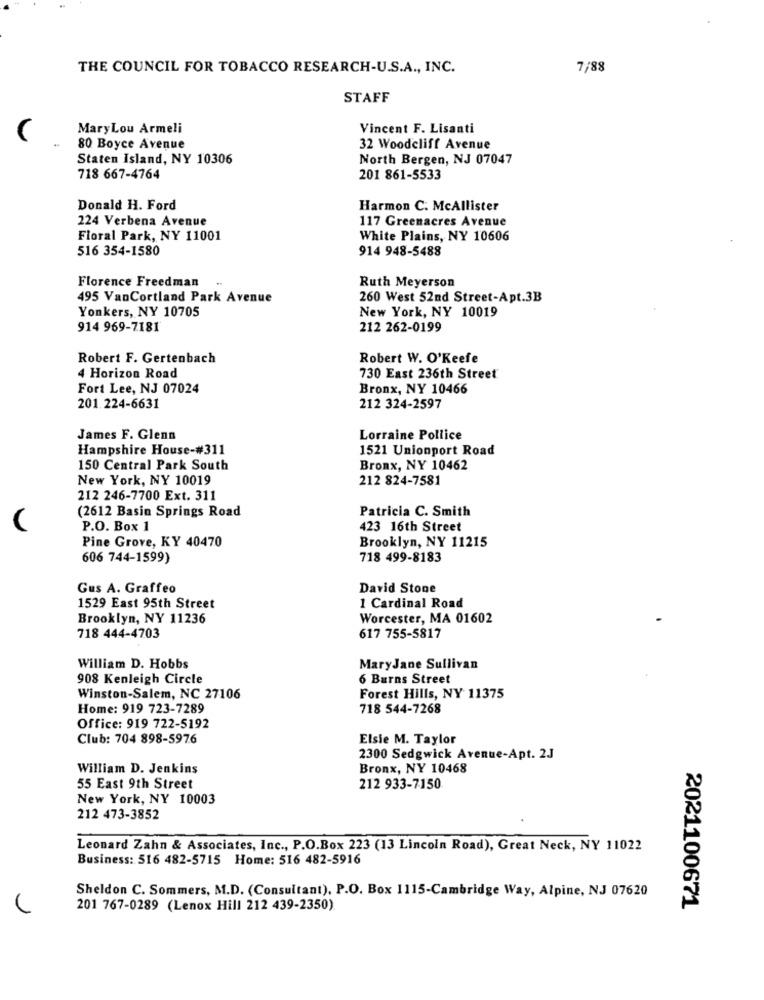
THE COUNCIL FOR TOBACCO RESEARCH-U.S.A ., INC.
7/88
STAFF
MaryLou Armeli
Vincent F. Lisanti
80 Boyce Avenue
32 Woodcliff Avenue
Staten Island, NY 10306
North Bergen, NJ 07047
718 667-4764
201 861-5533
Donald H. Ford
Harmon C. McAllister
224 Verbena Avenue
117 Greenacres Avenue
Floral Park, NY 11001
White Plains, NY 10606
516 354-1580
914 948-5488
Florence Freedman
Ruth Meyerson
495 VanCortland Park Avenue
260 West 52nd Street-Apt.3B
Yonkers, NY 10705
New York, NY 10019
914 969-7181
212 262-0199
Robert F. Gertenbach
Robert W. O'Keefe
4 Horizon Road
730 East 236th Street
Fort Lee, NJ 07024
Bronx, NY 10466
201.224-6631
212 324-2597
James F. Glenn
Lorraine Pollice
Hampshire House-#311
1521 Unionport Road
150 Central Park South
Bronx, NY 10462
New York, NY 10019
212 824-7581
212 246-7700 Ext. 311
(2612 Basin Springs Road
Patricia C. Smith
P.O. Box 1
423 16th Street
Pine Grove, KY 40470
Brooklyn, NY 11215
606 744-1599)
718 499-8183
Gus A. Graffeo
David Stone
1529 East 95th Street
1 Cardinal Road
Brooklyn, NY 11236
Worcester, MA 01602
718 444-4703
617 755-5817
William D. Hobbs
Mary Jane Sullivan
908 Kenleigh Circle
6 Burns Street
Winston-Salem, NC 27106
Forest Hills, NY 11375
Home: 919 723-7289
718 544-7268
Office: 919 722-5192
Club: 704 898-5976
Elsie M. Taylor
2300 Sedgwick Avenue-Apt. 2J
William D. Jenkins
Bronx, NY 10468
55 East 9th Street
212 933-7150
New York, NY 10003
212 473-3852
Leonard Zahn & Associates, Inc ., P.O.Box 223 (13 Lincoln Road), Great Neck, NY 11022
Business: 516 482-5715 Home: 516 482-5916
Sheldon C. Sommers, M.D. (Consultant), P.O. Box 1115-Cambridge Way, Alpine, NJ 07620
201 767-0289 (Lenox Hill 212 439-2350)
2021100671